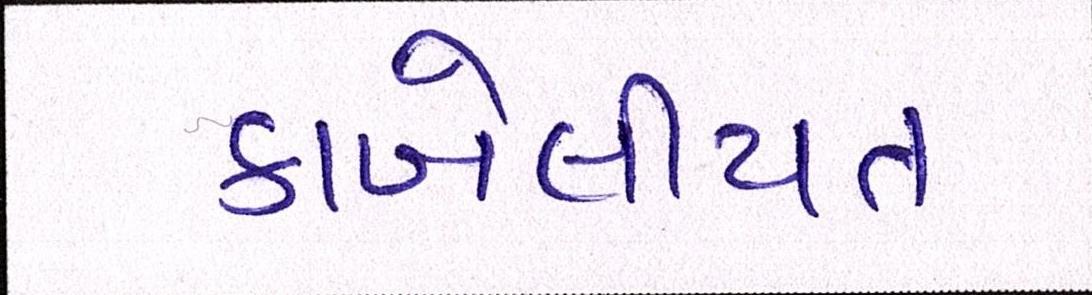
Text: કાબેલીયત